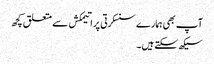
آپ بھی ہمارے سنسکرتی پراتیمکش سے متعلق کچھ
سیکھ سکتے ہیں۔